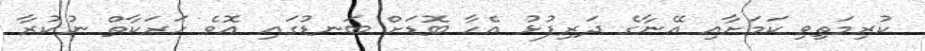
ކުރިމަތިވި ކަމަށާއި އޭނާގެ ދަރިފުޅު އެހާ ބޮޑަށް ބަނޑުގައި އޮވެ ހަރަކާތް ނުކުރާ